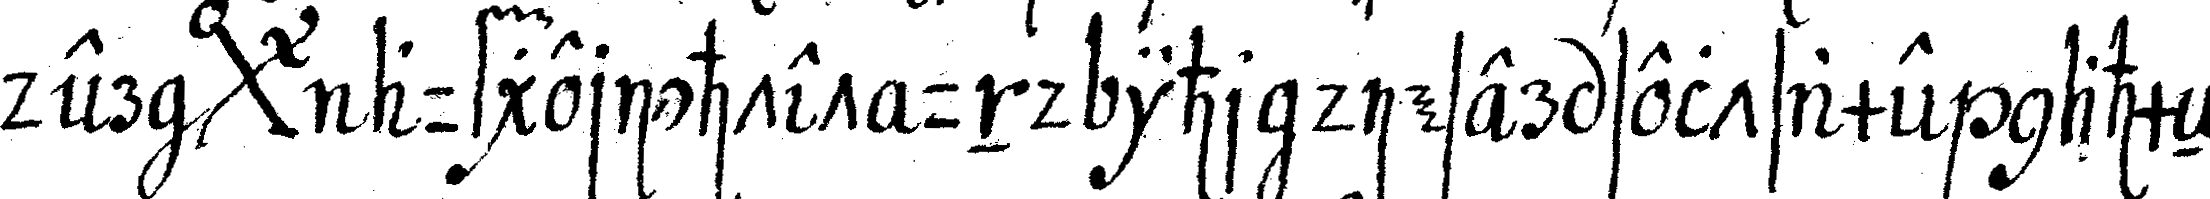
dern *bigx* aufgerichtet und ihr dieser seltsame nahmeN